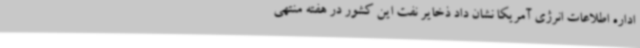
اداره اطلاعات انرژی آمریکا نشان داد ذخایر نفت این کشور در هفته منتهی